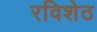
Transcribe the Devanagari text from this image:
रविशेठ